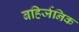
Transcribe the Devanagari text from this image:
बहिर्जनिक